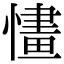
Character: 㦎